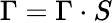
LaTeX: \Gamma=\Gamma\cdot S